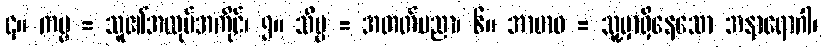
၄။ ကမ္မ = သူ၏အလုပ်အကိုင်၊ ၅။ သိပ္ပ = အတတ်ပညာ၊ ၆။ အာဗာဓ = သူ့မှာရှိနေသော အနာရောဂါ၊